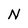
Character: N